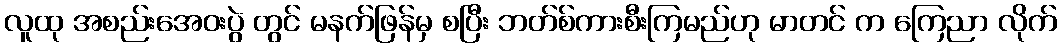
လူထု အစည်းအေဝးပွဲ တွင် မနက်ဖြန်မှ စပြီး ဘတ်စ်ကားစီးကြမည်ဟု မာတင် က ကြေညာ လိုက်